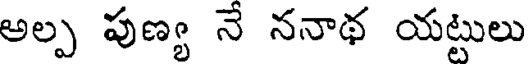
అల్ప పుణ్య నే ననాథ యట్టులు